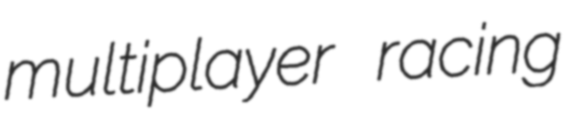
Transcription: multiplayer racing